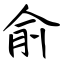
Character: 俞